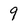
Character: 9